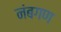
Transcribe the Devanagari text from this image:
नंबगण